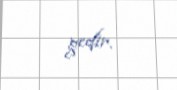
gedir.